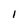
Character: I